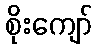
စိုးကျော်